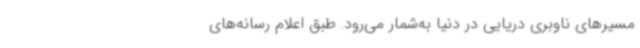
مسیرهای ناوبری دریایی در دنیا به‌شمار می‌رود. طبق اعلام رسانه‌های